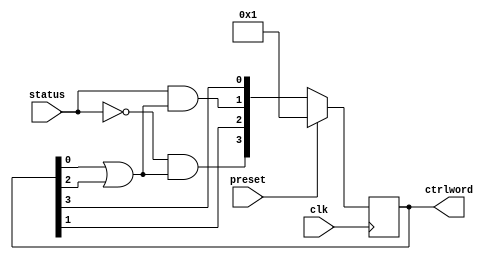
`ifndef CONTROL_UNIT_V
`define CONTROL_UNIT_V

//This FSM manages a datapath implementing the sum of n

module ControlUnit(
  status,     //This signal indicates if the datapath is computing the sum of n
  ctrlword,   //Signals managing all control signals of the datapath
  clk,        //Clock signal
  preset      //Establishes FSM in its initial state, namely state 0
);

  input wire status, clk, preset;
  output wire[3:0] ctrlword;

  reg[3:0] state; //The memory of the FSM is internal
  wire[3:0] nextstate; //Bus connecting the nextstate comb logic with the mem

  //next state logic
  assign nextstate[0] = state[3];
  assign nextstate[1] = status & (state[0] | state[2]);
  assign nextstate[2] = state[1];
  assign nextstate[3] = ~status & (state[0] | state[2]);

  //Memory storing the state of the FSM
  always @(posedge clk) begin
    if (preset) state <= 4'b0001; //Preset is synchronous
    else state <= nextstate;
  end

  //output combologic. This is a special case since the control word equals 
  //the state of the FSM
  assign ctrlword = state;
  

endmodule // ControlUnit

`endif